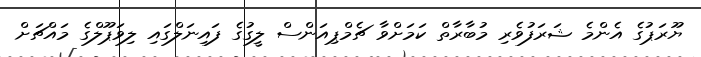
ޔޫރަޕުގެ އެންމެ ޝަރަފުވެރި މުބާރާތް ކަމަށްވާ ޗެމްޕިއަންސް ލީގުގެ ފައިނަލްގައި ލިވަޕޫލްގެ މައްޗަށް